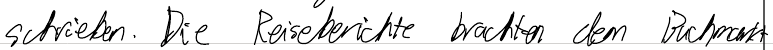
schrieben. Die Reiseberichte brachten dem Buchmarkt